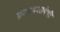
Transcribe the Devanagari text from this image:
प्रमाणभाषेची